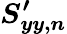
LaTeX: \boldsymbol{S_{yy,n}^{\prime}}